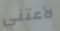
لأعتني